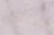
يستغل